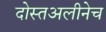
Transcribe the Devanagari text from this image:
दोस्तअलीनेच